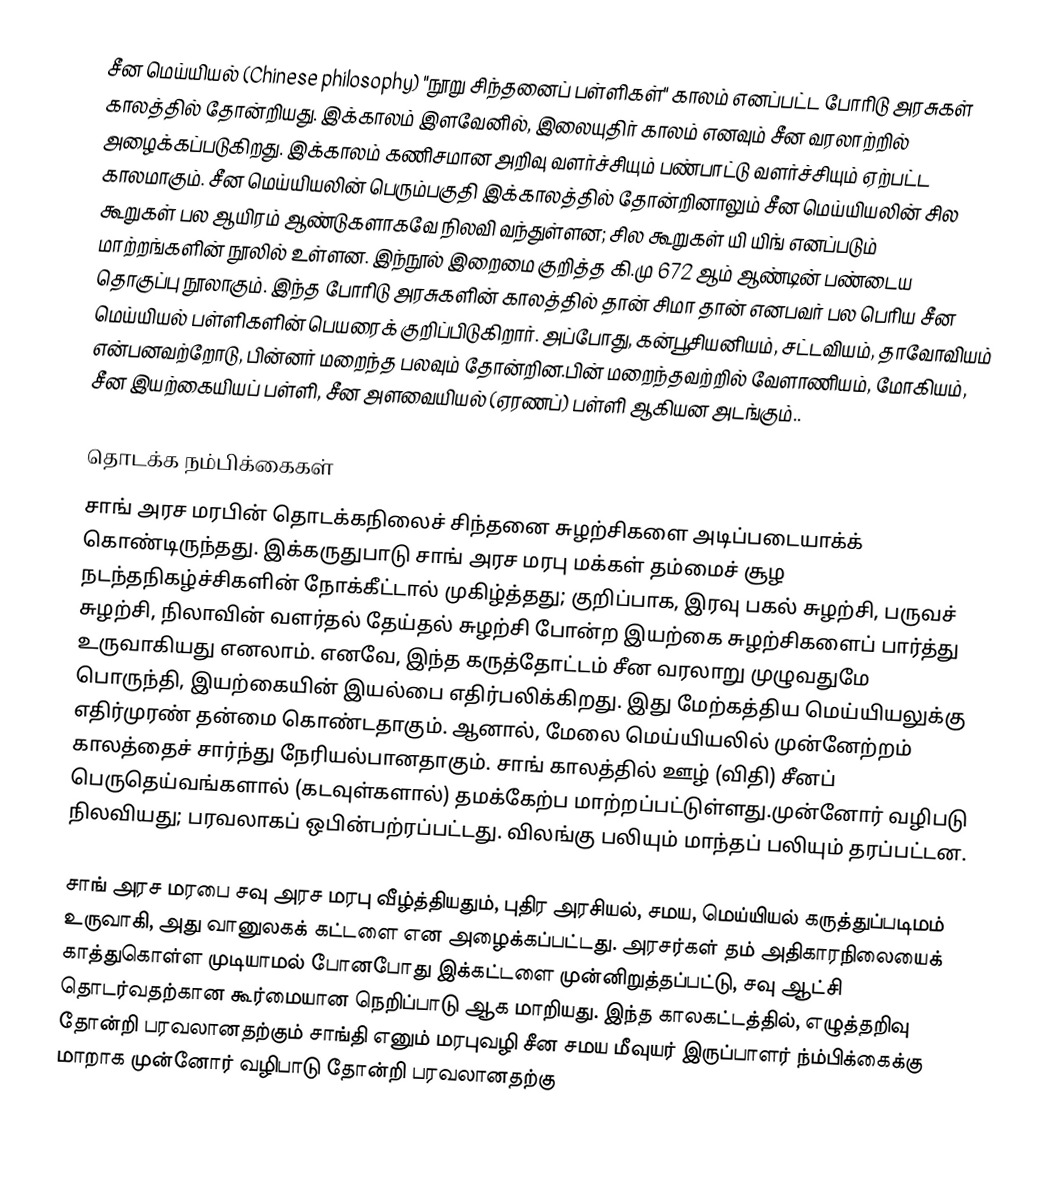
சீன மெய்யியல் (Chinese philosophy) "நூறு சிந்தனைப் பள்ளிகள்" காலம் எனப்பட்ட போரிடு அரசுகள் காலத்தில் தோன்றியது. இக்காலம் இளவேனில், இலையுதிர் காலம் எனவும் சீன வரலாற்றில் அழைக்கப்படுகிறது. இக்காலம் கணிசமான அறிவு வளர்ச்சியும் பண்பாட்டு வளர்ச்சியும் ஏற்பட்ட காலமாகும். சீன மெய்யியலின் பெரும்பகுதி இக்காலத்தில் தோன்றினாலும்  சீன மெய்யியலின் சில கூறுகள் பல ஆயிரம் ஆண்டுகளாகவே நிலவி வந்துள்ளன; சில கூறுகள் யி யிங் எனப்படும் மாற்றங்களின் நூலில் உள்ளன. இந்நூல் இறைமை குறித்த கி.மு 672 ஆம் ஆண்டின்  பண்டைய தொகுப்பு நூலாகும். இந்த போரிடு அரசுகளின் காலத்தில் தான் சிமா தான் எனபவர் பல பெரிய சீன மெய்யியல் பள்ளிகளின் பெயரைக் குறிப்பிடுகிறார். அப்போது, கன்பூசியனியம், சட்டவியம், தாவோவியம் என்பனவற்றோடு, பின்னர் மறைந்த பலவும் தோன்றின.பின் மறைந்தவற்றில் வேளாணியம், மோகியம், சீன இயற்கையியப் பள்ளி, சீன அளவையியல் (ஏரணப்) பள்ளி ஆகியன அடங்கும்..

தொடக்க நம்பிக்கைகள்
சாங் அரச மரபின் தொடக்கநிலைச் சிந்தனை சுழற்சிகளை அடிப்படையாக்க் கொண்டிருந்தது. இக்கருதுபாடு சாங் அரச மரபு மக்கள் தம்மைச் சூழ நடந்தநிகழ்ச்சிகளின் நோக்கீட்டால் முகிழ்த்தது; குறிப்பாக,  இரவு பகல் சுழற்சி, பருவச் சுழற்சி, நிலாவின் வளர்தல் தேய்தல் சுழற்சி போன்ற இயற்கை சுழற்சிகளைப் பார்த்து உருவாகியது எனலாம்.  எனவே, இந்த கருத்தோட்டம் சீன வரலாறு முழுவதுமே பொருந்தி, இயற்கையின் இயல்பை எதிர்பலிக்கிறது.  இது மேற்கத்திய மெய்யியலுக்கு எதிர்முரண் தன்மை கொண்டதாகும். ஆனால், மேலை மெய்யியலில் முன்னேற்றம் காலத்தைச் சார்ந்து நேரியல்பானதாகும். சாங் காலத்தில் ஊழ் (விதி) சீனப் பெருதெய்வங்களால் (கடவுள்களால்) தமக்கேற்ப மாற்றப்பட்டுள்ளது.முன்னோர் வழிபடு நிலவியது; பரவலாகப் ஒபின்பற்ரப்பட்டது. விலங்கு பலியும் மாந்தப் பலியும் தரப்பட்டன.

சாங் அரச மரபை சவு அரச மரபு வீழ்த்தியதும், புதிர அரசியல், சமய, மெய்யியல் கருத்துப்படிமம் உருவாகி, அது வானுலகக் கட்டளை என அழைக்கப்பட்டது. அரசர்கள் தம் அதிகாரநிலையைக் காத்துகொள்ள முடியாமல் போனபோது இக்கட்டளை முன்னிறுத்தப்பட்டு, சவு ஆட்சி தொடர்வதற்கான கூர்மையான நெறிப்பாடு ஆக மாறியது. இந்த காலகட்டத்தில்,  எழுத்தறிவு தோன்றி பரவலானதற்கும் சாங்தி எனும் மரபுவழி சீன சமய மீவுயர் இருப்பாளர் ந்ம்பிக்கைக்கு மாறாக முன்னோர் வழிபாடு தோன்றி பரவலானதற்கு